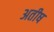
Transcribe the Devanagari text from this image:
अतीष